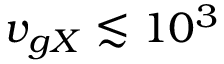
v _ { g X } \lesssim 1 0 ^ { 3 }